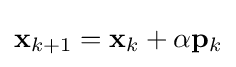
\mathbf {x} _{k+1}=\mathbf {x} _{k}+\alpha \mathbf {p} _{k}